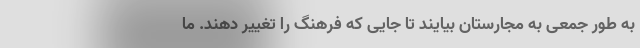
به طور جمعی به مجارستان بیایند تا جایی که فرهنگ را تغییر دهند. ما